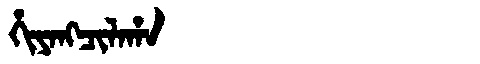
Manchu: ᡥᡳᠶᠠᠩᠴᡳᠯᠠᡥᠠ
Romanization: HIYANGCILAHA